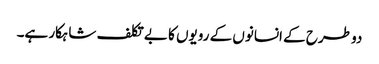
دو طرح کے انسانوں کے رویوں کا بے تکلف شاہکار ہے۔